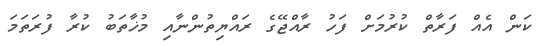
ކަން އެއް ފަރާތް ކުރުމަށް ފަހު ރާއްޖޭގެ ރައްޔިތުންނާއި މުޚާތަބު ކުރާ ފުރަތަމަ